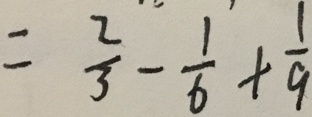
= \frac { 2 } { 3 } - \frac { 1 } { 6 } + \frac { 1 } { 9 }